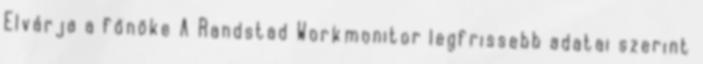
Elvárja a főnöke A Randstad Workmonitor legfrissebb adatai szerint